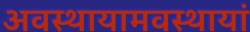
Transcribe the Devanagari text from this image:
अवस्थायामवस्थायां